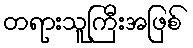
တရားသူကြီးအဖြစ်